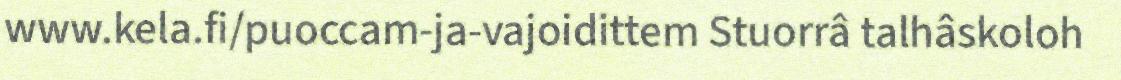
www.kela.fi/puoccam-ja-vajoidittem Stuorrâ talhâskoloh